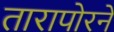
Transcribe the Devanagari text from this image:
तारापोरने